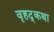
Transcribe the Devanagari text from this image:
वृहद्कथा